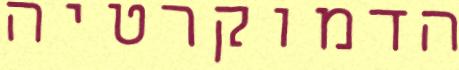
הדמוקרטיה